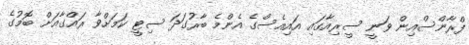
ފްރާންސްއިން ވަނީ ސީރިއާގައި އައިއެސްގެ އެންމެ ބާރުގަދަ ސިޓީ ކަމަށްވާ ރައްގާއަށް ބޮމުގެ